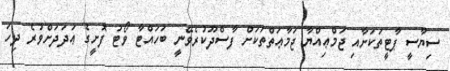
ސިޔާސީ ޕާޓީތަކަށާއި ޖަމްޢިއްޔާ ޖަމާޢަތްތަކަށް ފާސްދޫކުރެވޭނީ ބަހައްޓާ ވޯޓު ފޮށީގެ ޢަދަދަށްވުރެ ދިހަ